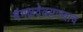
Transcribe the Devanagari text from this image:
मंगळवेढय़ाच्याच